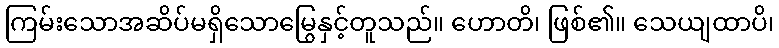
ကြမ်းသောအဆိပ်မရှိသောမြွေနှင့်တူသည်။ ဟောတိ၊ ဖြစ်၏။ သေယျထာပိ၊